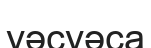
уәсуәса